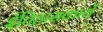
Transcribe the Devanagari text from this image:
ईतिहासकारों